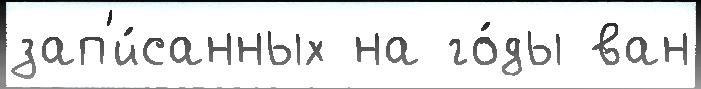
зап'и́санных на го́ды ван